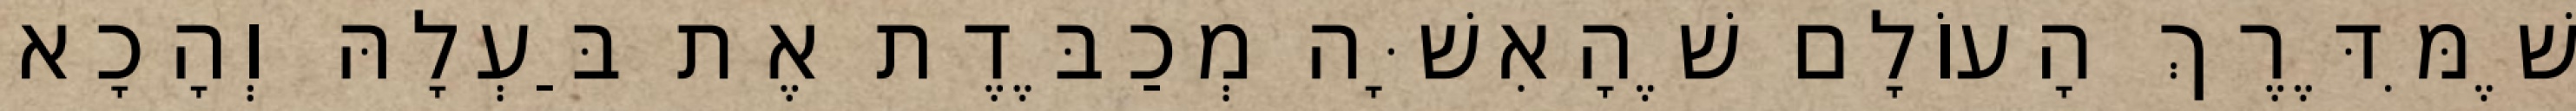
שֶׁמִּדֶּרֶךְ הָעוֹלָם שֶׁהָאִשָּׁה מְכַבֶּדֶת אֶת בַּעְלָהּ וְהָכָא